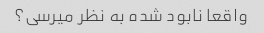
واقعا نابود شده به نظر میرسی؟